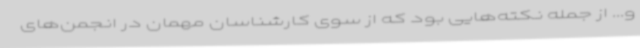
و... از جمله نکته‌هایی بود که از سوی کارشناسان مهمان در انجمن‌های